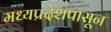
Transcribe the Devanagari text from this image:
मध्यप्रदेशपासून